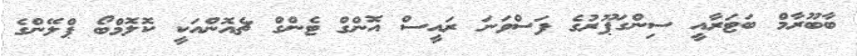
ބާބޫރާމް ބަޓަރާއީ ސިންގަޕޫރުގެ ފަސްވަނަ ރައީސް އޮންގް ޓެންގް ޗެއޮންއަކީ ކޮލޮމްބޯ ޕްލޭންގެ